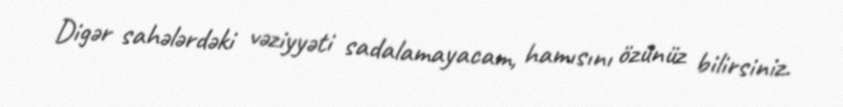
Digər sahələrdəki vəziyyəti sadalamayacam, hamısını özünüz bilirsiniz.